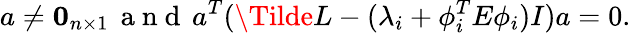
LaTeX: a\neq\mathbf{0}_{n\times 1}\, \mathrm{~a~n~d~}\, a^{T}(\Tilde{L}-(\lambda_{i}+\phi_{i}^{T}E\phi_{i})I)a=0.